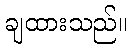
ချထားသည်။